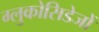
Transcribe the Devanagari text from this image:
ग्लुकोसिडेजों